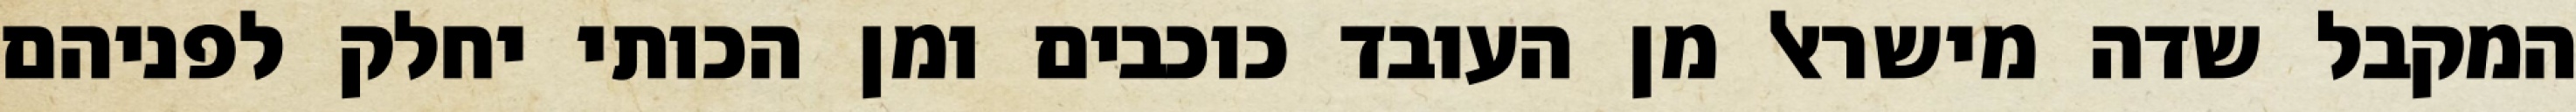
המקבל שדה מישראל מן העובד כוכבים ומן הכותי יחלק לפניהם